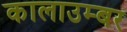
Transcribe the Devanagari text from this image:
कालाउम्बर